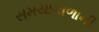
સમયાગાળાની